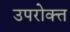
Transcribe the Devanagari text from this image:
उपरोक्त्त